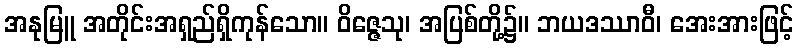
အနုမြူ အတိုင်းအရှည်ရှိကုန်သော။ ဝိဇ္ဇေသု၊ အပြစ်တို့၌။ ဘယဒဿာဝီ၊ အေးအားဖြင့်